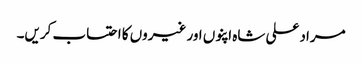
مراد علی شاہ اپنوں اور غیروں کا احتساب کریں۔